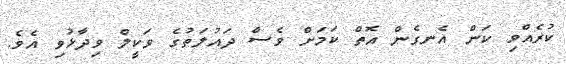
ކުރެއްވި ކަން އެނގެން އޮތް ކަމަށް ވެސް ދައުލަތުގެ ވަކީލް ވިދާޅުވި އެވެ.